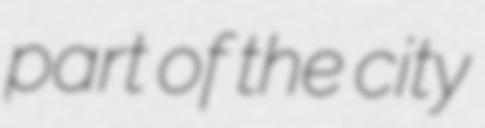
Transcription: part of the city